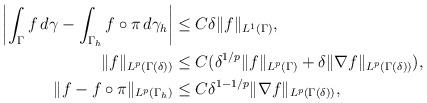
LaTeX: \begin{align*} \begin{aligned}\left| \int_\Gamma f\,d\gamma - \int_{\Gamma_h} f\circ\pi\,d\gamma_h \right| &\le C\delta \|f\|_{L^1(\Gamma)}, \\\|f\|_{L^p(\Gamma(\delta))} &\le C(\delta^{1/p} \|f\|_{L^p(\Gamma)} + \delta \|\nabla f\|_{L^p(\Gamma(\delta))}), \\\|f - f\circ\pi\|_{L^p(\Gamma_h)} &\le C\delta^{1-1/p} \|\nabla f\|_{L^p(\Gamma(\delta))},\end{aligned}\end{align*}